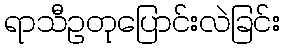
ရာသီဥတုပြောင်းလဲခြင်း